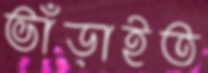
ভাঁড়াইত